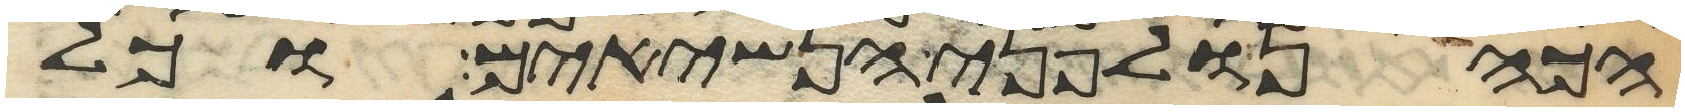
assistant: הכהן ולפני הנשיאים וכל